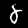
Digit: 8